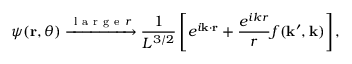
\psi ( \mathbf { r } , \theta ) \xrightarrow { \mathrm { ~ l ~ a ~ r ~ g ~ e ~ } r } \frac { 1 } { L ^ { 3 / 2 } } \left[ e ^ { i \mathbf { k } \cdot \mathbf { r } } + \frac { e ^ { i k r } } { r } f ( \mathbf { k } ^ { \prime } , \mathbf { k } ) \right] ,